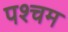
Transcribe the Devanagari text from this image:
पश्चम